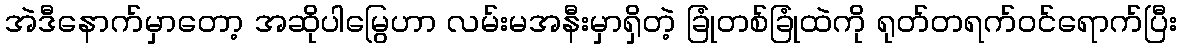
အဲဒီနောက်မှာတော့ အဆိုပါမြွေဟာ လမ်းမအနီးမှာရှိတဲ့ ခြုံတစ်ခြုံထဲကို ရုတ်တရက်ဝင်ရောက်ပြီး